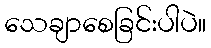
သေချာစေခြင်းပါပဲ။